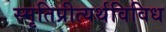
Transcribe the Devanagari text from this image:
स्मृतिप्रीत्यर्थविविध